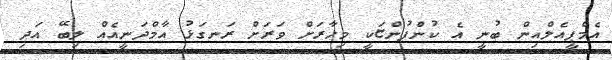
އެމްޕީއެލްއިން ބުނީ އެ ކުންފުންޏަކީ މިހާރަށް ވަރަށް ރަނގަޅު އާމްދަނީއެއް ލިބޭ އަދި